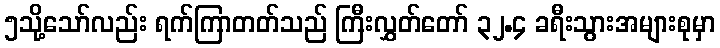
၅သို့သော်လည်း ရက်ကြာတတ်သည် ကြီးလွှတ်တော် ၃၂.၄ ခရီးသွားအများစုမှာ